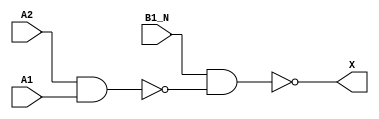
module sky130_fd_sc_hd__a21bo (
    X   ,
    A1  ,
    A2  ,
    B1_N
);

    // Module ports
    output X   ;
    input  A1  ;
    input  A2  ;
    input  B1_N;

    // Local signals
    wire nand0_out  ;
    wire nand1_out_X;

    //   Name   Output       Other arguments
    nand nand0 (nand0_out  , A2, A1         );
    nand nand1 (nand1_out_X, B1_N, nand0_out);
    buf  buf0  (X          , nand1_out_X    );

endmodule